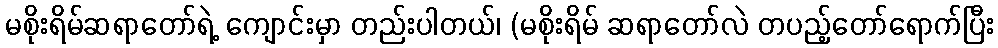
မစိုးရိမ်ဆရာတော်ရဲ့ ကျောင်းမှာ တည်းပါတယ်၊ (မစိုးရိမ် ဆရာတော်လဲ တပည့်တော်ရောက်ပြီး